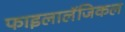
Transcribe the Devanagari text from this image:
फाइलालॅजिकल